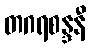
တဂရစန္ဒနီ